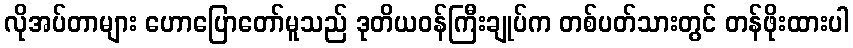
လိုအပ်တာများ ဟောပြောတော်မူသည် ဒုတိယဝန်ကြီးချုပ်က တစ်ပတ်သားတွင် တန်ဖိုးထားပါ